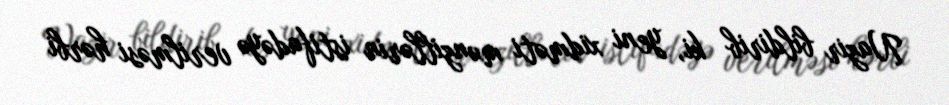
Nazir bildirib ki, yeni xidməti mənzillərin istifadəyə verilməsi hərbi